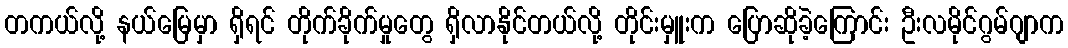
တကယ်လို့ နယ်မြေမှာ ရှိရင် တိုက်ခိုက်မှုတွေ ရှိလာနိုင်တယ်လို့ တိုင်းမှူးက ပြောဆိုခဲ့ကြောင်း ဦးလမိုင်ဂွမ်ဂျာက